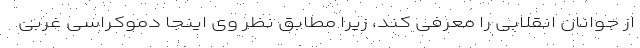
از جوانان انقلابی را معرفی کند، زیرا مطابق نظر وی اینجا دموکراسی غربی